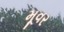
મૂવર